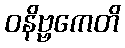
ဝနိဗ္ဗကေတိ